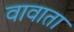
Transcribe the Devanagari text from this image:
वावाता